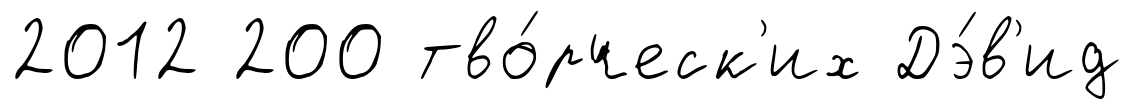
2012 200 тво́рческ'их Дэ́в'ид